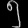
Digit: ၅